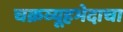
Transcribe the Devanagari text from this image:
चक्रव्यूहभेदाचा